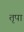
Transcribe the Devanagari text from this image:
तृपा